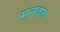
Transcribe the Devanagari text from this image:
मूलकता